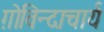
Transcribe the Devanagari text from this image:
ग़ोविन्दाचार्य